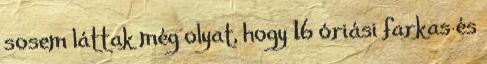
sosem láttak még olyat, hogy 16 óriási farkas és